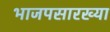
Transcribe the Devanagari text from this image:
भाजपसारख्या